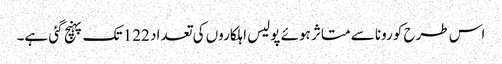
اس طرح کورونا سے متاثر ہوئے پولیس اہلکاروں کی تعداد 122 تک پہنچ گئی ہے۔